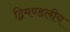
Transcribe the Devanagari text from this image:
द्विमण्डलीय